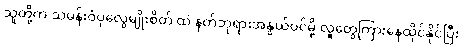
သူတို့က သမန်းဝံပုလွေမျိုးစိတ် ထဲ နတ်ဘုရားအနွယ်ဝင်မို့ လူတွေကြားနေထိုင်နိုင်ပြီး